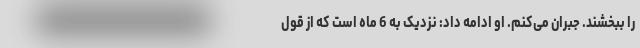
را ببخشند. جبران می‌کنم. او ادامه داد: نزدیک به 6 ماه است که از قول